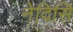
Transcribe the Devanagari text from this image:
नेदिसि